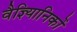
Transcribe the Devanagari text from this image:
वैज्ञ्यिानिकों